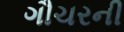
ગૌચરની